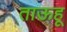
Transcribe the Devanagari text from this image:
ताऊहू